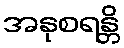
အနုစရန္တိ